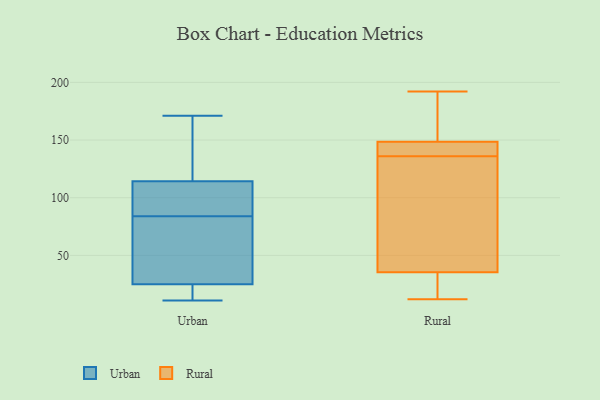
{"axis": {"x": "Operating Costs (USD K)", "y": "Value"}, "legend": ["Rural", "Urban"], "data": [{"x": "", "y": 139, "type": "Urban"}, {"x": "", "y": 15, "type": "Urban"}, {"x": "", "y": 101, "type": "Urban"}, {"x": "", "y": 27, "type": "Urban"}, {"x": "", "y": 26, "type": "Urban"}, {"x": "", "y": 98, "type": "Urban"}, {"x": "", "y": 11, "type": "Urban"}, {"x": "", "y": 171, "type": "Urban"}, {"x": "", "y": 84, "type": "Urban"}, {"x": "", "y": 55, "type": "Urban"}, {"x": "", "y": 121, "type": "Urban"}, {"x": "", "y": 112, "type": "Urban"}, {"x": "", "y": 22, "type": "Urban"}, {"x": "", "y": 41, "type": "Urban"}, {"x": "", "y": 126, "type": "Urban"}, {"x": "", "y": 84, "type": "Urban"}, {"x": "", "y": 18, "type": "Urban"}, {"x": "", "y": 165, "type": "Rural"}, {"x": "", "y": 150, "type": "Rural"}, {"x": "", "y": 107, "type": "Rural"}, {"x": "", "y": 12, "type": "Rural"}, {"x": "", "y": 76, "type": "Rural"}, {"x": "", "y": 192, "type": "Rural"}, {"x": "", "y": 144, "type": "Rural"}, {"x": "", "y": 15, "type": "Rural"}, {"x": "", "y": 136, "type": "Rural"}, {"x": "", "y": 22, "type": "Rural"}, {"x": "", "y": 142, "type": "Rural"}]}